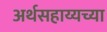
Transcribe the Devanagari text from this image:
अर्थसहाय्यच्या